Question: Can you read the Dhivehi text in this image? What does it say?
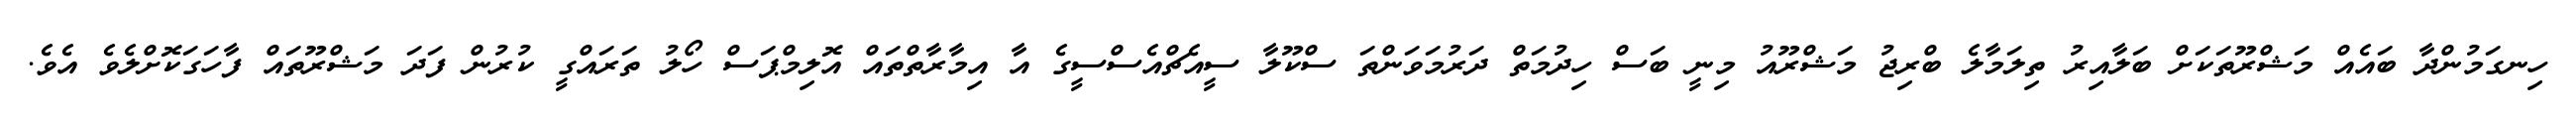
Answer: ހިނގަމުންދާ ބައެއް މަޝްރޫތަކަށް ބަލާއިރު ތިލަމާލެ ބްރިޖު މަޝްރޫއު މިނީ ބަސް ހިދުމަތް ދަރުމަވަންތަ ސްކޫލާ ސީއެޗްއެސްސީގެ އާ އިމާރާތްތައް އޮލިމްޕަސް ހޯލު ތަރައްގީ ކުރުން ފަދަ މަޝްރޫތައް ފާހަގަކޮށްލެވެ އެވެ.